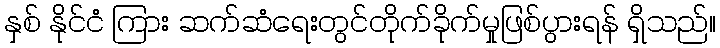
နှစ် နိုင်ငံ ကြား ဆက်ဆံရေးတွင်တိုက်ခိုက်မှုဖြစ်ပွားရန် ရှိသည်။